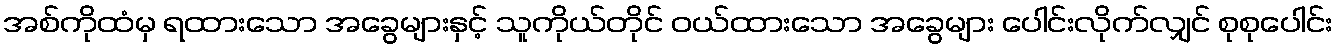
အစ်ကိုထံမှ ရထားသော အခွေများနှင့် သူကိုယ်တိုင် ဝယ်ထားသော အခွေများ ပေါင်းလိုက်လျှင် စုစုပေါင်း